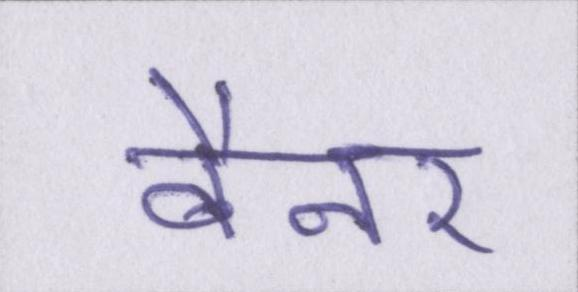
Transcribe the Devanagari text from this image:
बैनर